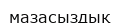
мазасыздық